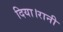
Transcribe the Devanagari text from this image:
दिया।रानी